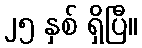
၂၅ နှစ် ရှိပြီ။